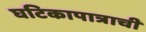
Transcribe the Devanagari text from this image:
घटिकापात्राची